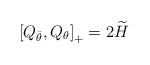
\begin{align*}\left[ Q_{\bar{\theta }},Q_{\theta }\right]_{+} =2\widetilde{H}\end{align*}